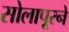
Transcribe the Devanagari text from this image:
सोलापूरने